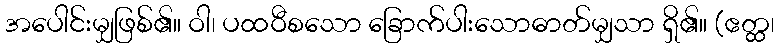
အပေါင်းမျှဖြစ်၏။ ဝါ၊ ပထဝီစသော ခြောက်ပါးသောဓာတ်မျှသာ ရှိ၏။ (ဧတ္ထ၊